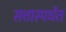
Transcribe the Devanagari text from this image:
सत्तास्पर्धेत